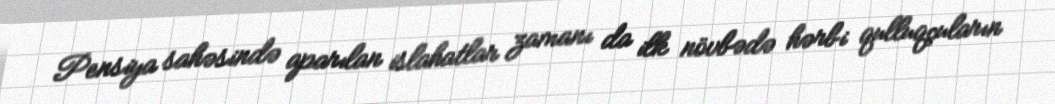
Pensiya sahəsində aparılan islahatlar zamanı da ilk növbədə hərbi qulluqçuların